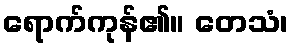
ရောက်ကုန်၏။ တေသံ၊